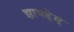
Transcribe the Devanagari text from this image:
झायहेम्